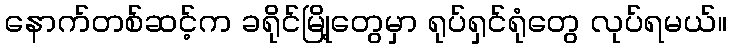
နောက်တစ်ဆင့်က ခရိုင်မြို့တွေမှာ ရုပ်ရှင်ရုံတွေ လုပ်ရမယ်။